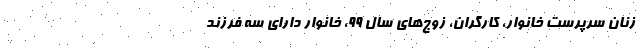
زنان سرپرست خانوار، کارگران، زوج‌های سال ۹۹، خانوار دارای سه فرزند